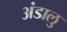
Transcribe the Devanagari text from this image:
अंडालु